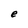
Character: e